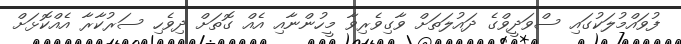
ފުވައްމުލަކުގައި ސްވަދީވްގެ ދައުލަތަށް ވާގިވެރިވާ މީހުންނާއި އެއް ގޮތަށް ދިވެހި ސަރުކާރާ އެއްކޮޅަށް